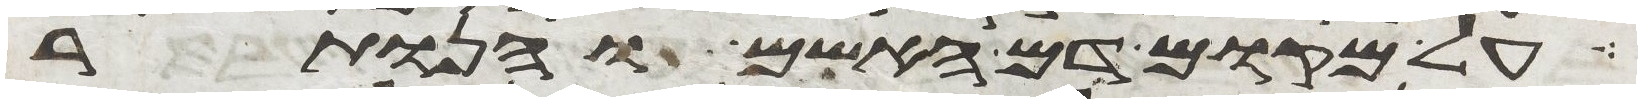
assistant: על מקום דם האשם והנותר